system: You are a helpful assistant.
user:
Analyze the provided spectrum to determine if it is a **Carbon Star (C-type)**.

- **Key Visual Indicators of Carbon Star:**
    - **(Primary):** Strong molecular absorption from **C₂ (diatomic carbon) "Swan Bands."** This is the **defining feature** of a carbon star.
        - **(Key Bandheads):** Sharp absorption edges are visible at approximately $5635$ Å, $5165$ Å (the strongest band), and $4737$ Å.
        - **(Line Profile):** Creates a distinct **"saw-tooth"** pattern. The key morphology is a sharp, steep bandhead on the **red (long-wavelength) side**, which then gradually tapers off (i.e., flux recovers) towards the **blue (short-wavelength) side**. *(This is the direct opposite of the TiO bands seen in M-type stars)*.

    - **(Secondary):** Intense **CN (cyanogen)** molecular absorption bands.
        - **(Key Bandheads):** Located in the blue and violet regions of the spectrum (e.g., near $4215$ Å and $3883$ Å).
        - **(Morphology):** These bands are extremely broad and act as a "blanket," absorbing the vast majority of blue and violet light. This creates a characteristic **"cliff"** or **"steep drop-off"** in the spectrum's flux at short wavelengths.

    - **(Key Confirmation):** Strong **CH absorption band (G-band)**.
        - **(Key Bandhead):** Located around $4300$ Å. The contribution from CH molecules to this band is exceptionally strong.

    - **(Overall Spectrum):**
        - The continuum is severely "chopped up" by these deep molecular bands, especially C₂, rather than appearing as a smooth curve.
        - Due to the heavy CN and C₂ absorption in the blue-green, the vast majority of the star's flux is concentrated in the red part of the spectrum, giving the star its characteristic deep red color.

Think first, call **spectral_visualization_tool** if needed to examine features in detail, then provide your final answer. Your response must adhere to the following strict rules:
1.  **Overall Structure:** Your response must follow the format `<think>...</think> <tool_call>...</tool_call> (if a tool is used) <answer>...</answer>`.
2.  **Tool Usage Constraint:** You may only make **one** tool call per turn.
3.  **Final Answer Format:** In the `<answer>` tag, your conclusion must be inside a `\boxed{}` command (e.g., `\boxed{YES}`), followed by your justification.

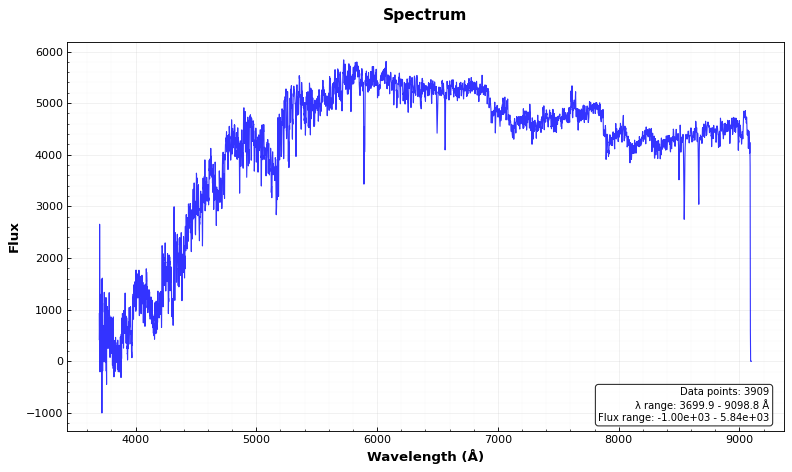
Answer: YES